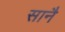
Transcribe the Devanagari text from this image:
सानै